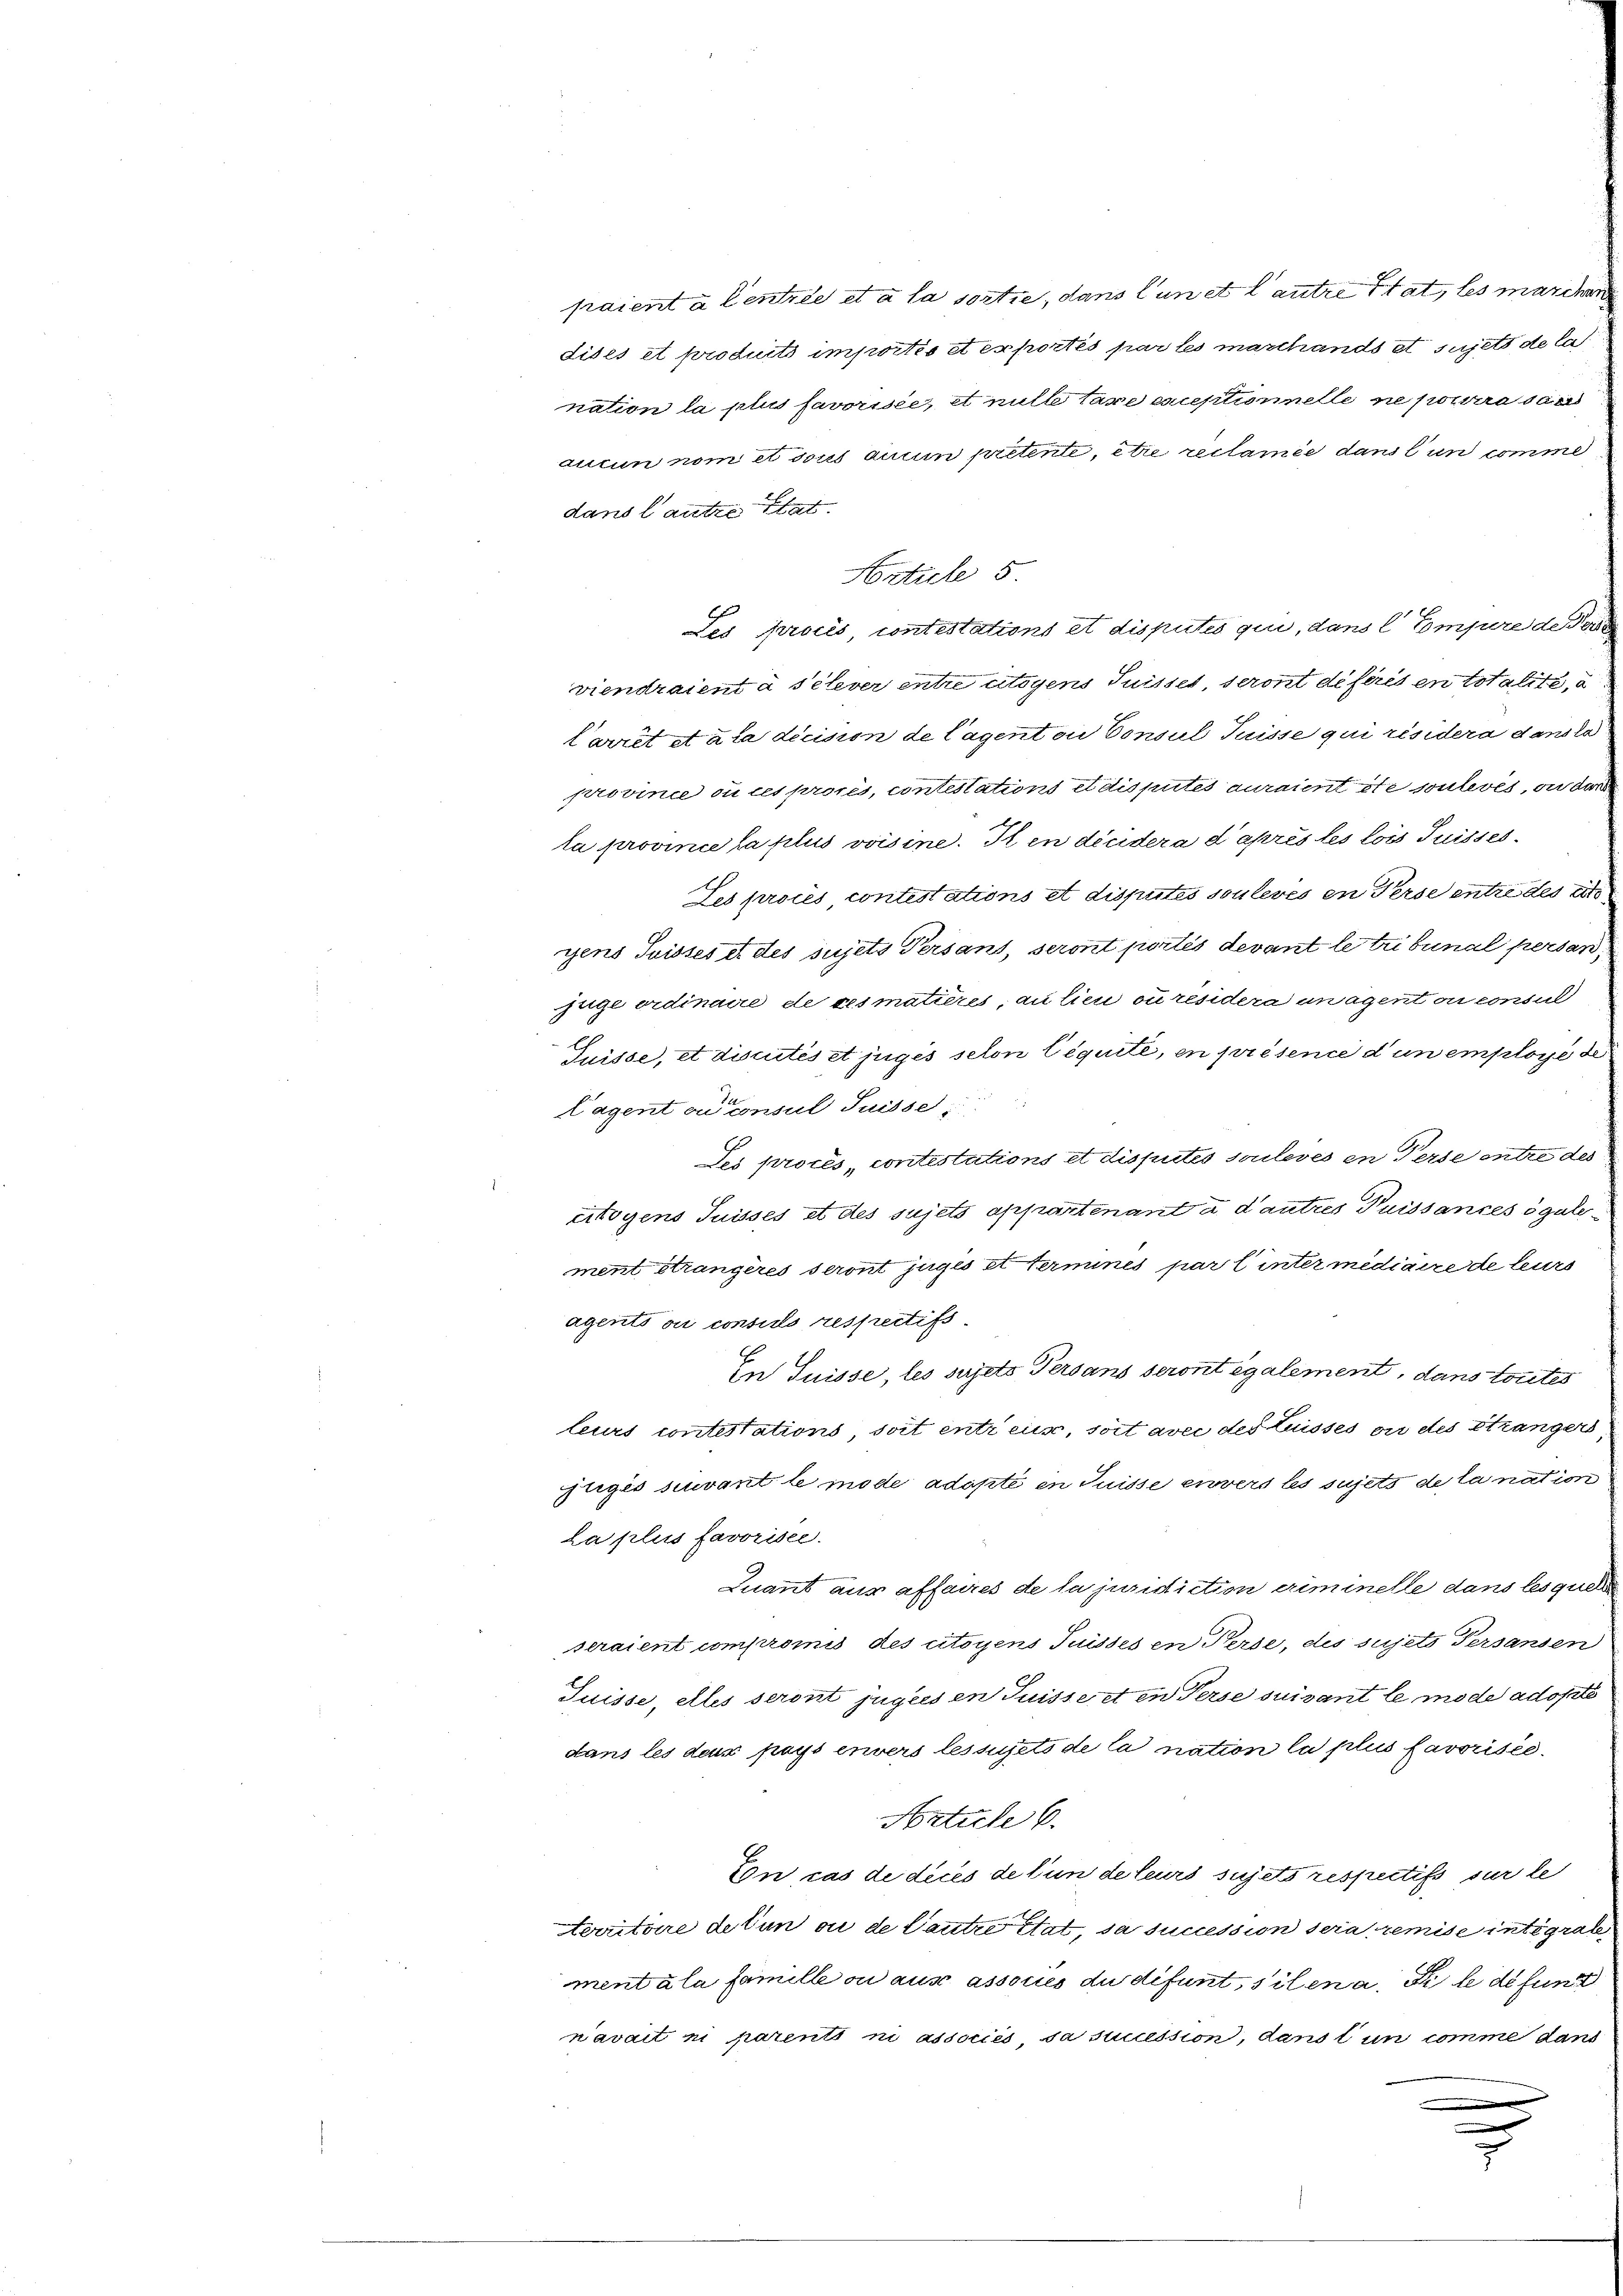
fraient à Centrée et à la sortie, dans l’un et l’autre trat, les marchen
dites et produits importis et exportés par les maschands et sujets de la
nation la plus favorisée et nulle taxe exceptionnelle ne pourra s
aucun nom et sous aucun pretente, etre reclamée dans l’un comme
dans l’autre stat
Article 5.
Les procis, contestations et disputes qui, dans l. Empere de Pers
viendraient à sélever entre utoyens Suisset, seront déférés en totalite, d
Covit etata dicision de lagent on Consul Tuisse qui résidera dansto
province ou les prores, contestations et disputes auraient ste soulevés, ou de
la province la plus voisine. Il en decidera d’après les lois Suisses
Les proces contestations et disputés soulevés en Perse entre des a
yens Suisses et des sujets Versans, seront portés devant le tribunal person,
uge ordinaire de ces matières, au lieu ou résidera un agent ou consul
Guisse, et disuités et juges selon léguite, en présence d’un employé de
Cagent ou consul Suisse
Jes proces, contestations et disputés soulevés en Perse entre des
ertogens Suisses et des sujets appartenant a d’autres Puissances égale
ment strangères seront juges et Termines par l inter mediaire de leurs
agents ou consuls respectifs.
In Puisse, les sujeto Persans seront également, dans torites
leurs contestations, soit entreis, soit avec des Luisses ou des Stranger
figes siuvant le mode adopté in Suisse einvers les sujets de la nation
La plus favorisée.
Quant aus affaires de la juridiction criminelle dans lesquel
seraient compromis des citoyens Tuisses en Perde, des sujets Versanden
Suisse, elles seront jugées en Suisse et in Perse suivant le mode adopté
dans les deus pays envers les sujets de la nation la plus favorisée
Article 6.
Con cas de deces de tun de leurs sujets respectifs sur le
territore de tun ou de Cautre état, da succession sera remise integrab
mentala famille ou aus associes du défunt, silen a. Si le de fun
navait ni parenti ni associés sa succession, dans l un comme dans
n